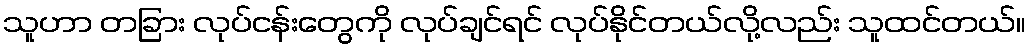
သူဟာ တခြား လုပ်ငန်းတွေကို လုပ်ချင်ရင် လုပ်နိုင်တယ်လို့လည်း သူထင်တယ်။